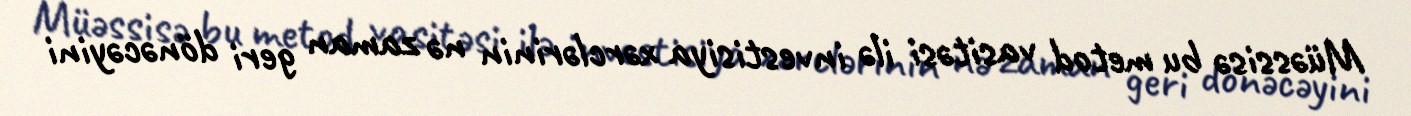
Müəssisə bu metod vasitəsi ilə investisiya xərclərinin nə zaman geri dönəcəyini